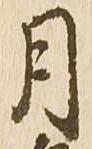
月